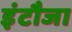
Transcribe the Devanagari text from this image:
इंटौजा